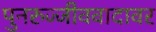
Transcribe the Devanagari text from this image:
पुनरुज्जीववादावर